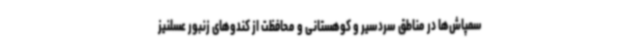
سمپاش‌ها در مناطق سردسیر و کوهستانی و محافظت از کندوهای زنبور عسلنیز